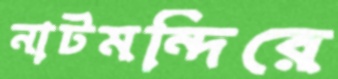
নাটমন্দিরে